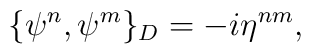
\{\psi^n, \psi^m\}_D=-i\eta^{nm},